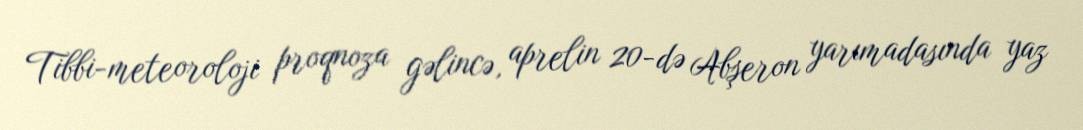
Tibbi-meteoroloji proqnoza gəlincə, aprelin 20-də Abşeron yarımadasında yaz